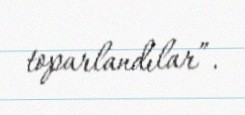
toparlandılar”.